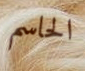
الحاسم